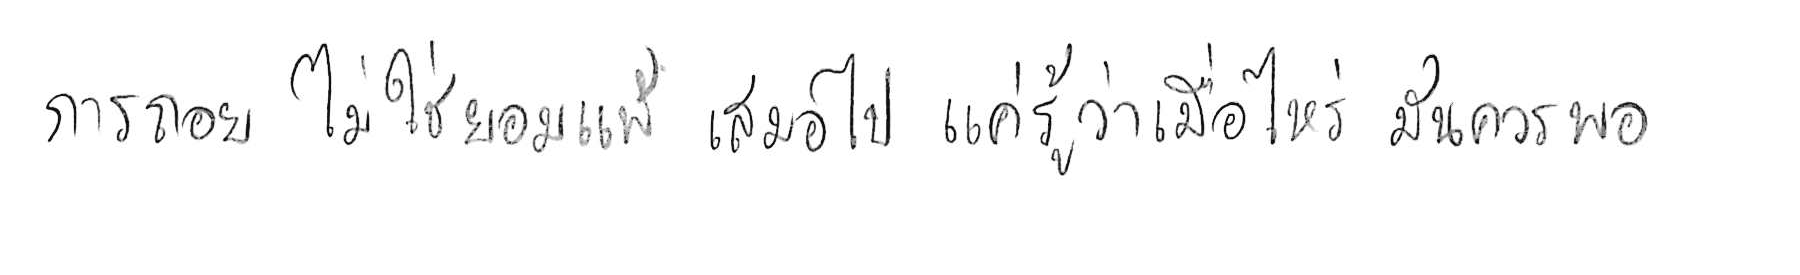
การถอย ไม่ใช่ยอมแพ้ เสมอไป แค่รู้ว่าเมื่อไหร่ มันควรพอ